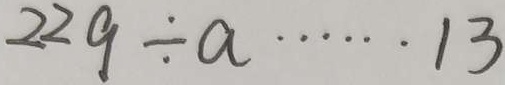
2 2 9 \div a \cdots 1 3